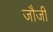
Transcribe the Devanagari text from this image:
जौजी